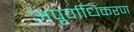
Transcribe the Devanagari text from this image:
अपूर्वाधिकरण